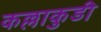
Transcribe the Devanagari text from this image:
कल्लाकुडी